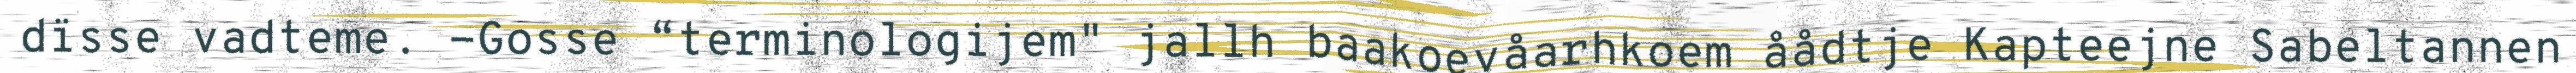
dïsse vadteme. -Gosse “terminologijem" jallh baakoevåarhkoem åådtje Kapteejne Sabeltannen